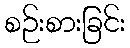
စဉ်းစားခြင်း